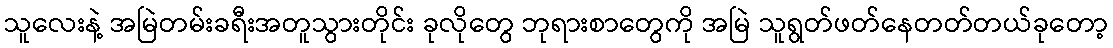
သူလေးနဲ့ အမြဲတမ်းခရီးအတူသွားတိုင်း ခုလိုတွေ ဘုရားစာတွေကို အမြဲ သူရွတ်ဖတ်နေတတ်တယ်ခုတော့